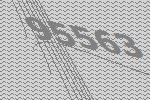
95563